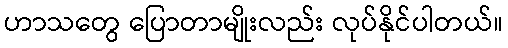
ဟာသတွေ ပြောတာမျိုးလည်း လုပ်နိုင်ပါတယ်။